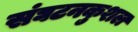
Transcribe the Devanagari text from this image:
संघटनकुशल